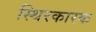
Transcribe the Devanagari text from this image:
स्थिरकारक